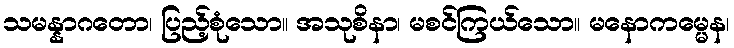
သမန္နာဂတော၊ ပြည့်စုံသော။ အသုစိနာ၊ မစင်ကြယ်သော။ မနောကမ္မေန၊